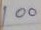
100